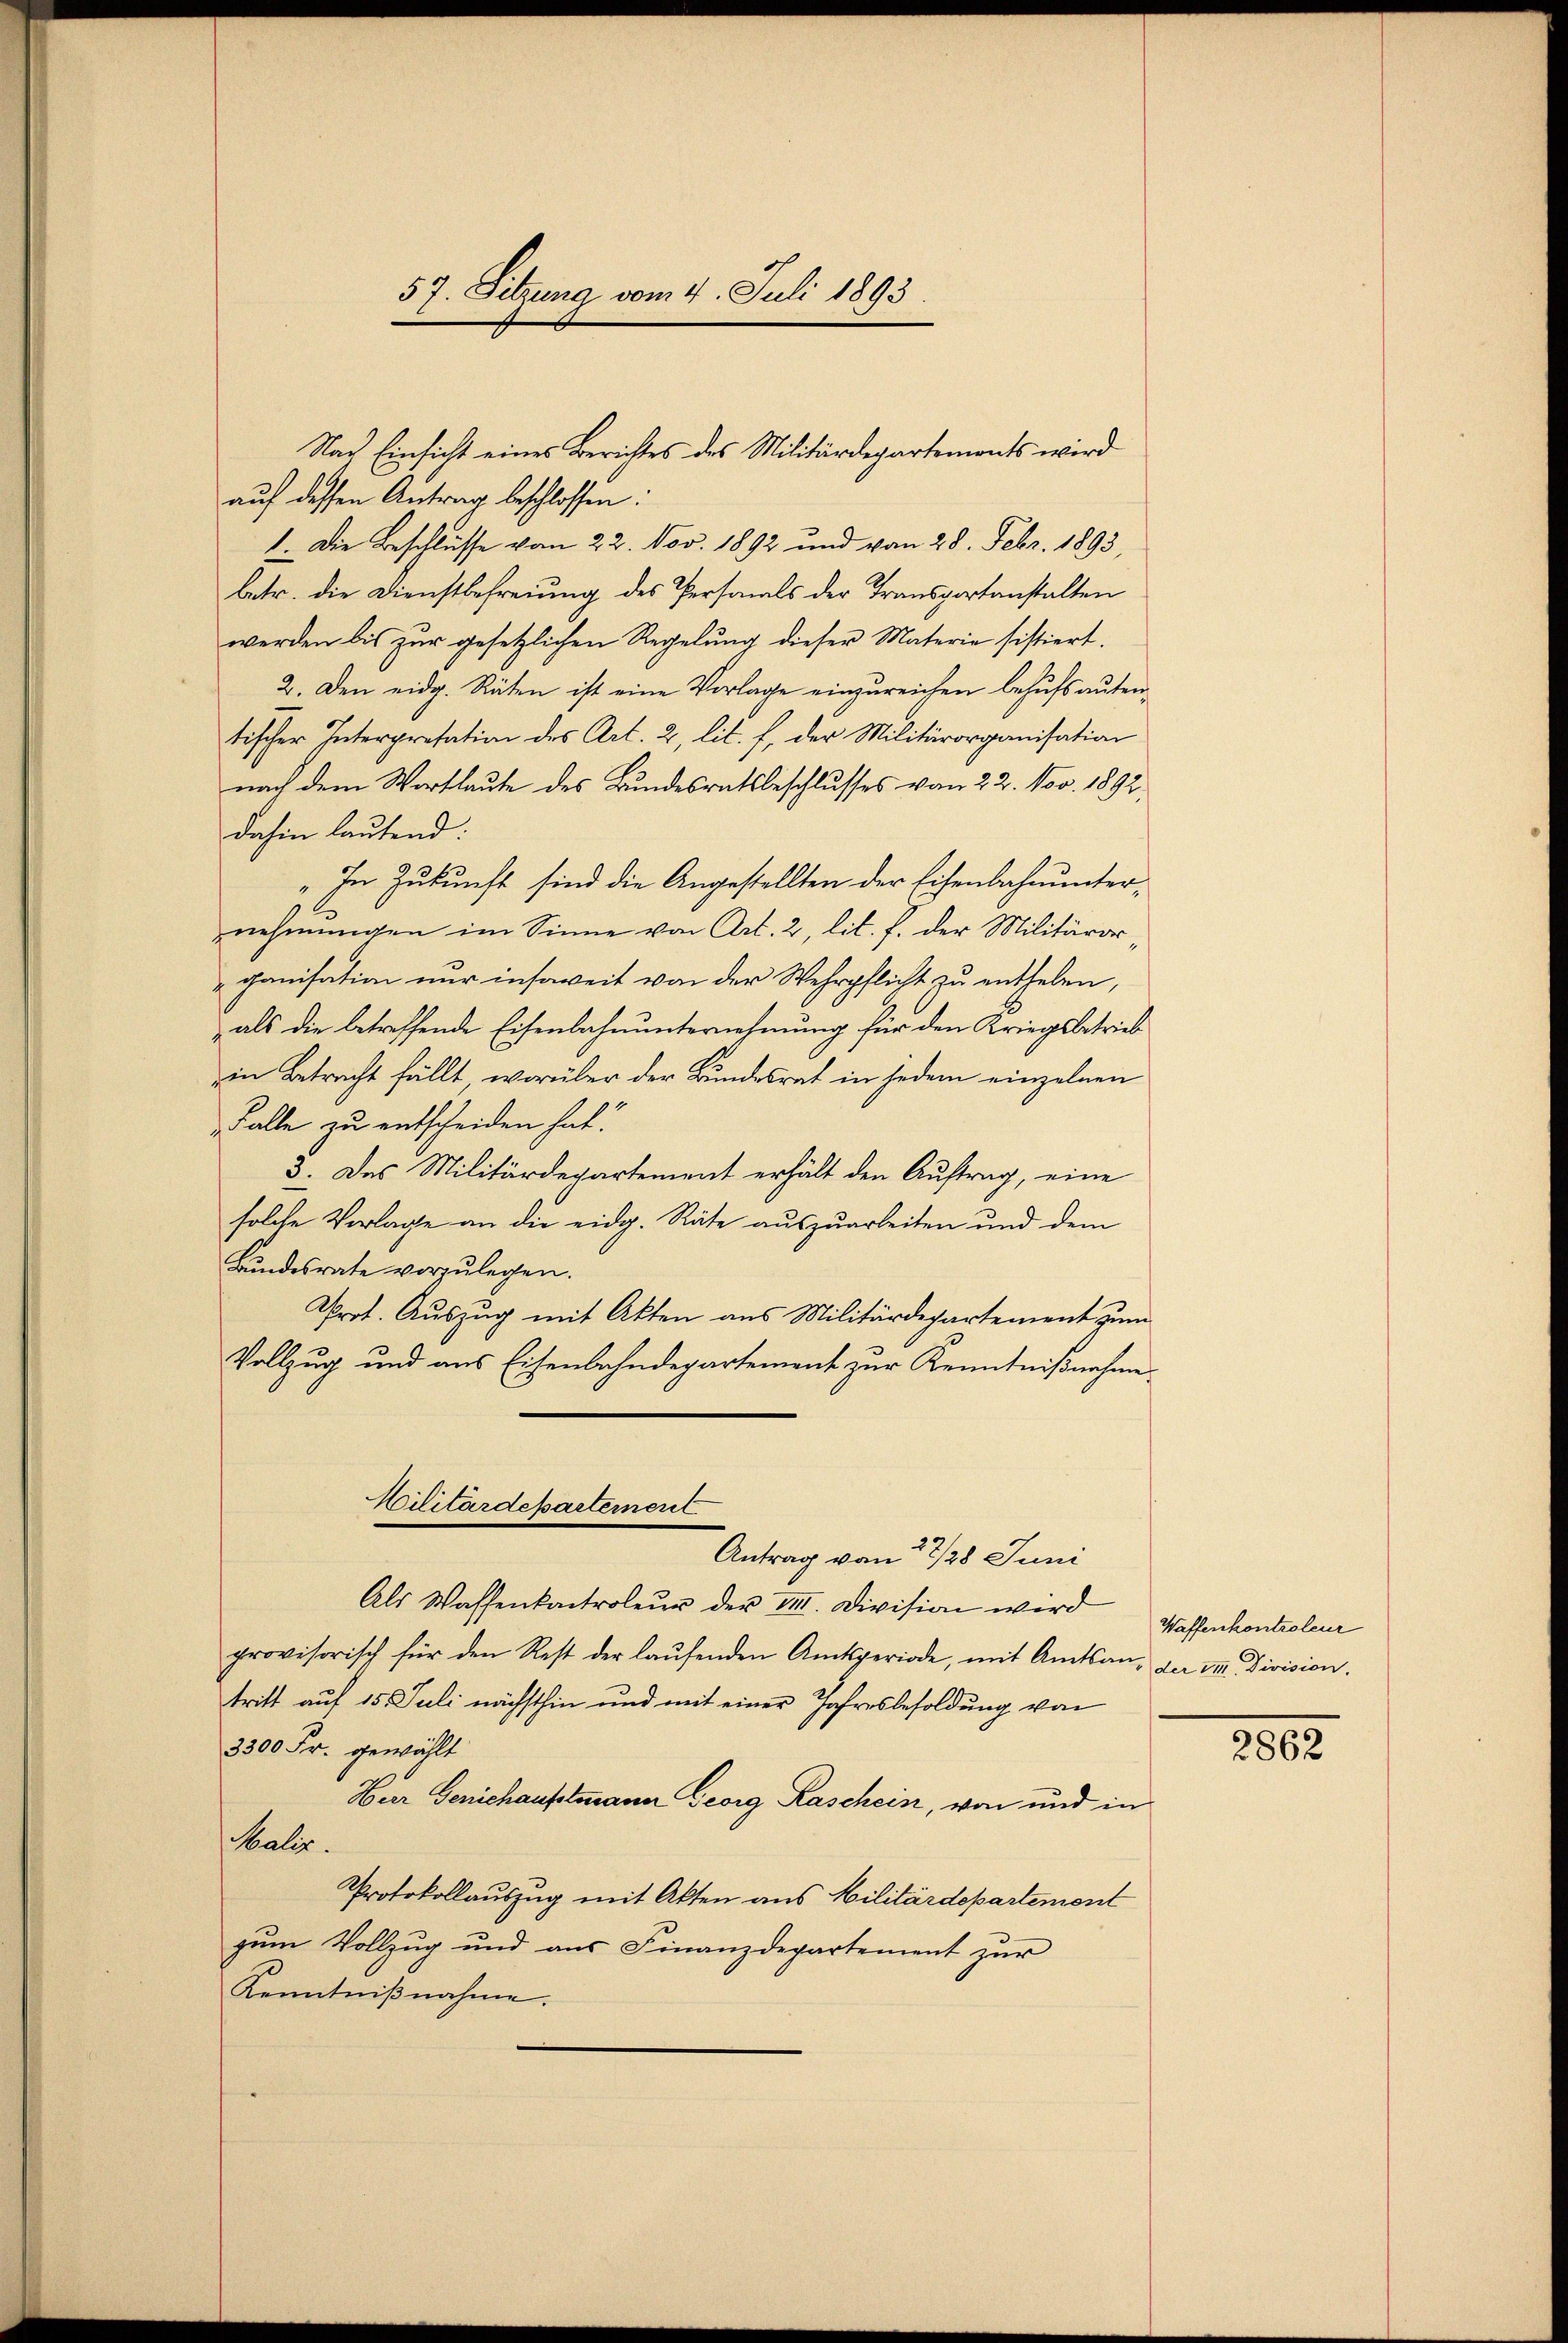
57. Sitzung vom 4. Juli 1893

auf dessen Antrag beschlossen:
1. Die Beschlüsse vom 22. Nov. 1892 und von 28. Febr. 1893,
betr. die Dienstbefreiung des Personals der Transportanstalten
werden bis zŭr gesetzlichen Regelŭng dieser Materie sistiert.
2. Den eidg. Räten ist eine Vorlage einzureichen behufs autentischer Interpretation des Art. 2, lit. f, der Militärorganisation
nach dem Wortlaute des Bundesratsbeschlusses vom 22. Nov. 1892,
dahin lautend:
„In Zukunft sind die Angestellten der Eisenbahnunternehmungen im Sinne von Art. 2, lit. f. der Militärorganisation nur insoweit von der Wehrpflicht zu enthalen,
als die betreffende Eisenbahnunternehmung für den Kriegsbetrieb
in Betracht fällt, worüber der Bundesrat in jedem einzelnen
Falle zu entscheiden hat.
3. Des Militärdepartement erhält den Auftrag, eine
solche Vorlage an die eidg. Räte auszuarbeiten und dem
Bŭndesrate vorzŭlegen.
Prot. Auszug mit Akten aus Militärdepartement zum
Vollzug und aus Eisenbahndepartement zur Kenntnißnahme
Militärdepartement
Antrag von 22/28 Juni
Als Wassenkontroleŭr der VIII. Division wird Wallenkontroleur
provisorisch für den Rest der laŭfenden Amtsperiode, mit Amtsan- der III. Division.
tritt auf 15. Juli nächsthin und mit einer Jahresbesoldung von
3300 Fr. gewählt
Herr Gerichaufelmann Georg Raschein, von und in
Maler.
Protokollauszug mit Akten aus Militärdepartement
zum Vollzug und aus Finanzdepartement zur
Kenntnißnahme.

Nach Einsicht eines Berichtes des Militärdepartements wird

2862